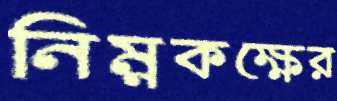
নিম্নকক্ষের